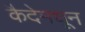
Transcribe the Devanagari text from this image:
कैदेमधून